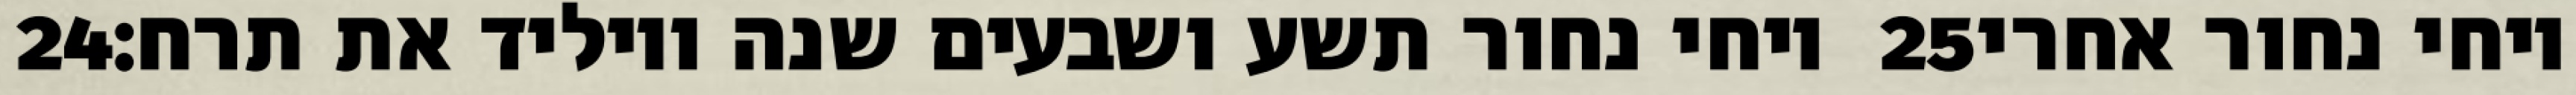
‎24‏ ויחי נחור תשע ושבעים שנה ויוליד את תרח׃ ‎25‏ ויחי נחור אחרי